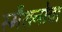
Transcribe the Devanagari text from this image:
स्मैशनोवा